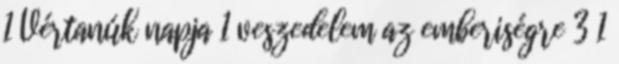
1 Vértanúk napja 1 veszedelem az emberiségre 3 1